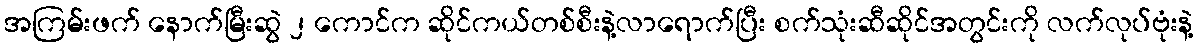
အကြမ်းဖက် နောက်မြီးဆွဲ ၂ ကောင်က ဆိုင်ကယ်တစ်စီးနဲ့လာရောက်ပြီး စက်သုံးဆီဆိုင်အတွင်းကို လက်လုပ်ဗုံးနဲ့